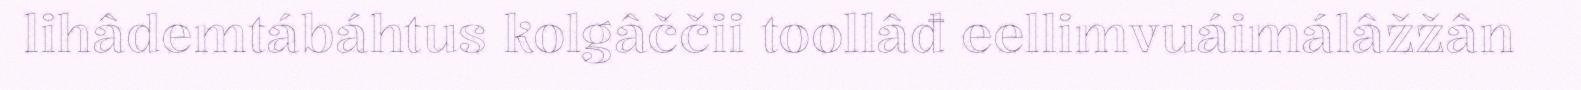
lihâdemtábáhtus kolgâččii toollâđ eellimvuáimálâžžân